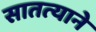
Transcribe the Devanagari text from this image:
सातत्‍याने